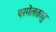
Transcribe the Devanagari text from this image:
परमेलकावु